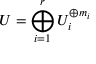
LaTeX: \displaystyle U = \bigoplus _ { i = 1 } ^ { r } U _ { i } ^ { \oplus m _ { i } }